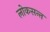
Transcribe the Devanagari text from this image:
लोकसन्त